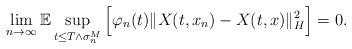
LaTeX: \begin{align*}\lim_{n\rightarrow\infty}\mathbb{E} \sup_{t\leq T\wedge\sigma_n^M} \Big[ \varphi_n(t) \Vert X(t,x_n) - X(t,x) \Vert_H^2 \Big] = 0.\end{align*}